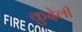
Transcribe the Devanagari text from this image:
कुदेली